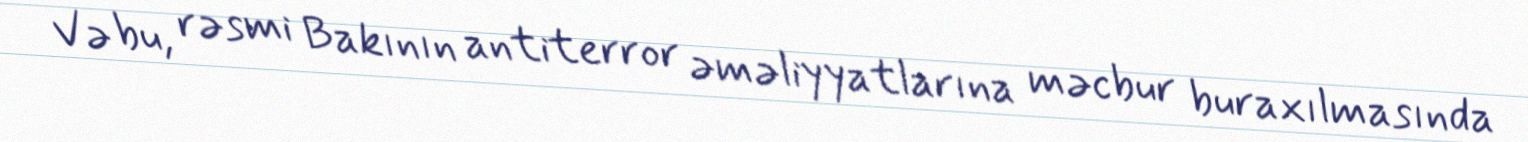
Və bu, rəsmi Bakının antiterror əməliyyatlarına məcbur buraxılmasında